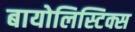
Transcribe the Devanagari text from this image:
बायोलिस्टिक्स